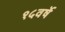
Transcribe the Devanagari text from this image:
१५वर्षे